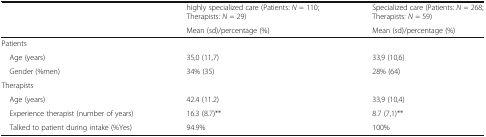
<table><thead><tr><td></td><td><b>highly specialized care (Patients: <i>N</i> = 110; Therapists: <i>N</i> = 29)</b></td><td><b>Specialized care (Patients: <i>N</i> = 268; Therapists: <i>N</i> = 59)</b></td></tr><tr><td></td><td><b>Mean (sd)/percentage (%)</b></td><td><b>Mean (sd)/percentage (%)</b></td></tr></thead><tbody><tr><td colspan="3">Patients</td></tr><tr><td> Age (years)</td><td>35,0 (11,7)</td><td>33,9 (10,6)</td></tr><tr><td> Gender (%men)</td><td>34% (35)</td><td>28% (64)</td></tr><tr><td colspan="3">Therapists</td></tr><tr><td> Age (years)</td><td>42.4 (11.2)</td><td>33,9 (10,4)</td></tr><tr><td> Experience therapist (number of years)</td><td>16.3 (8.7)**</td><td>8.7 (7,1)**</td></tr><tr><td> Talked to patient during intake (%Yes)</td><td>94.9%</td><td>100%</td></tr></tbody></table>